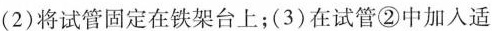
(2)将试管固定在铁架台上；(3)在试管②中加入适